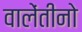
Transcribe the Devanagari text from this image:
वालेंतीनो